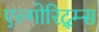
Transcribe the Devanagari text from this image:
एल्गोरिद्म्स